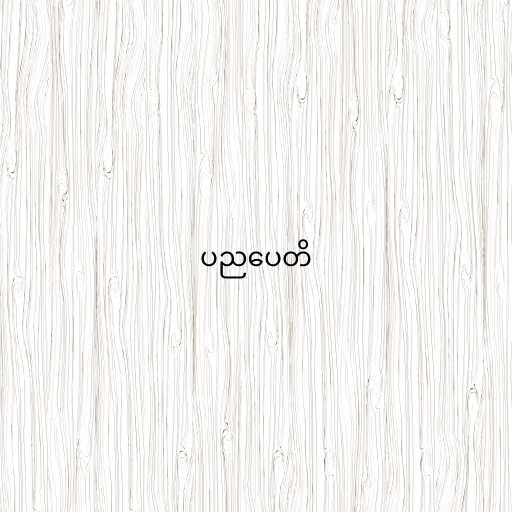
ပညပေတိ